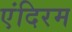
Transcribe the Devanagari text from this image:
एंदिरम